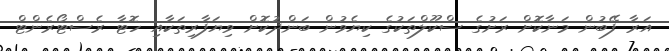
އަރާ ފޭބުން މަނާކޮށް ރަށުގެ ސްކޫލްތަކުގެ ކިޔެވުން ބަންދުކޮށް ވިޔަފާރިތަކާއި ހޮޓާ ރެސްޓޯރެންޓް